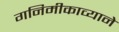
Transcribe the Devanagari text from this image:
गनिमीकाव्याने